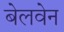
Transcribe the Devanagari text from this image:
बेलवेन